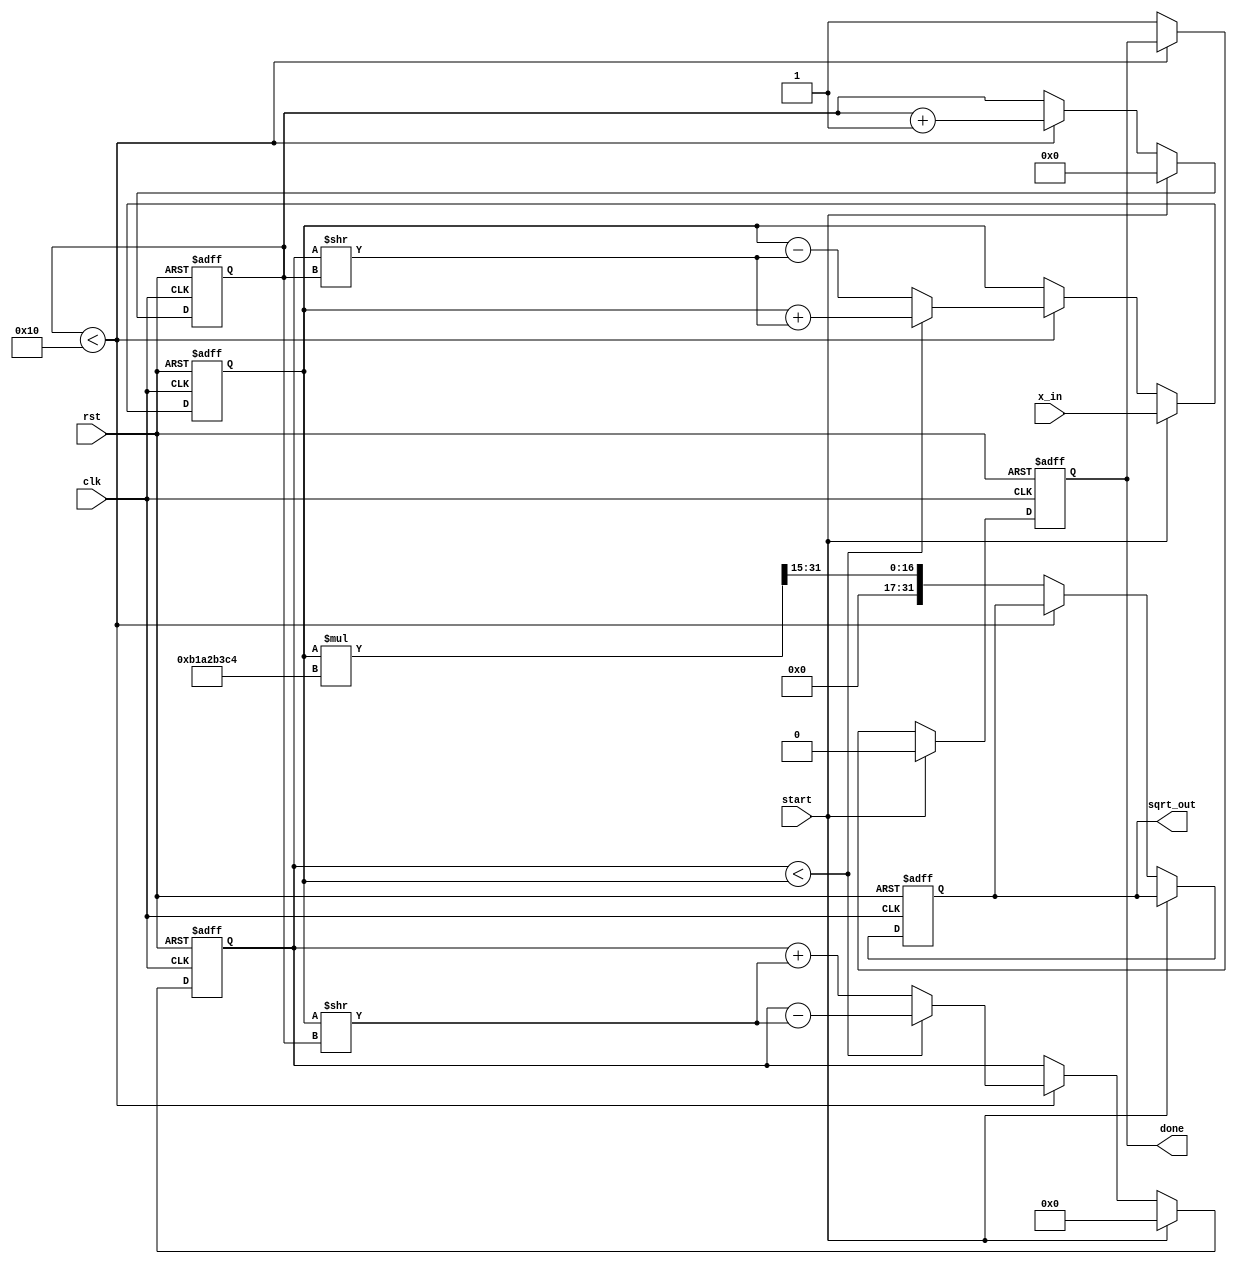
module cordic_sqrt (
    input wire clk,
    input wire rst,
    input wire start,
    input wire [31:0] x_in, // Input value for which square root is to be calculated
    output reg [31:0] sqrt_out, // Output square root value
    output reg done // Indicates completion of the calculation
);

    // Parameters
    parameter NUM_ITERATIONS = 16; // Number of CORDIC iterations
    parameter K = 32'hB1A2B3C4; // Gain compensation constant (K = 1/sqrt(2))

    // Internal signals
    reg [31:0] x; // x value (magnitude)
    reg [31:0] y; // y value (initially 0)
    reg [31:0] z; // Angle accumulator
    reg [4:0] iteration; // Iteration counter
    reg [31:0] atan_table [0:NUM_ITERATIONS-1]; // Arctangent lookup table

    // Initialize arctangent values
    initial begin
        atan_table[0] = 32'h20000000; // atan(2^-0)
        atan_table[1] = 32'h10000000; // atan(2^-1)
        atan_table[2] = 32'h08000000; // atan(2^-2)
        atan_table[3] = 32'h04000000; // atan(2^-3)
        atan_table[4] = 32'h02000000; // atan(2^-4)
        atan_table[5] = 32'h01000000; // atan(2^-5)
        atan_table[6] = 32'h00800000; // atan(2^-6)
        atan_table[7] = 32'h00400000; // atan(2^-7)
        atan_table[8] = 32'h00200000; // atan(2^-8)
        atan_table[9] = 32'h00100000; // atan(2^-9)
        atan_table[10] = 32'h00080000; // atan(2^-10)
        atan_table[11] = 32'h00040000; // atan(2^-11)
        atan_table[12] = 32'h00020000; // atan(2^-12)
        atan_table[13] = 32'h00010000; // atan(2^-13)
        atan_table[14] = 32'h00008000; // atan(2^-14)
        atan_table[15] = 32'h00004000; // atan(2^-15)
    end

    // State machine for CORDIC square root calculation
    always @(posedge clk or posedge rst) begin
        if (rst) begin
            x <= 0;
            y <= 0;
            z <= 0;
            iteration <= 0;
            sqrt_out <= 0;
            done <= 0;
        end else if (start) begin
            // Initialize values
            x <= x_in;
            y <= 0; // Start with y = 0
            z <= 0; // Initial angle
            iteration <= 0;
            done <= 0;
        end else if (iteration < NUM_ITERATIONS) begin
            // CORDIC iteration
            if (y < x) begin
                // Rotate vector clockwise
                x <= x + (y >> iteration);
                y <= y - (x >> iteration);
                z <= z + atan_table[iteration];
            end else begin
                // Rotate vector counter-clockwise
                x <= x - (y >> iteration);
                y <= y + (x >> iteration);
                z <= z - atan_table[iteration];
            end
            iteration <= iteration + 1;
        end else begin
            // Final output calculation
            sqrt_out <= (x * K) >> (NUM_ITERATIONS - 1); // Scale by gain factor
            done <= 1; // Indicate completion
        end
    end

endmodule